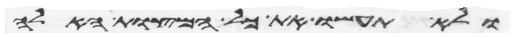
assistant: ולא תעשו את כל המצות האלה